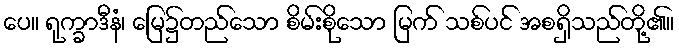
ပေ။ ရုက္ခာဒီနံ၊ မြေ၌တည်သော စိမ်းစိုသော မြက် သစ်ပင် အစရှိသည်တို့၏။